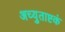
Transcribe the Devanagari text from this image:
अच्युताष्टकं